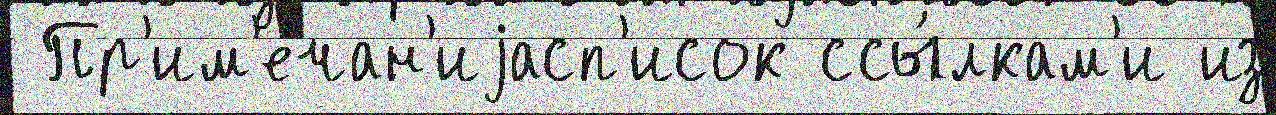
 Пр'им'ечан'иjасп'исок ссы́лкам'и из